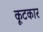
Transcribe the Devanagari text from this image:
कूटकार